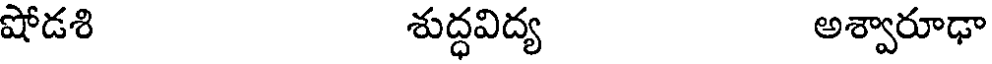
షోడశి శుద్ధవిద్య అశ్వారూఢా